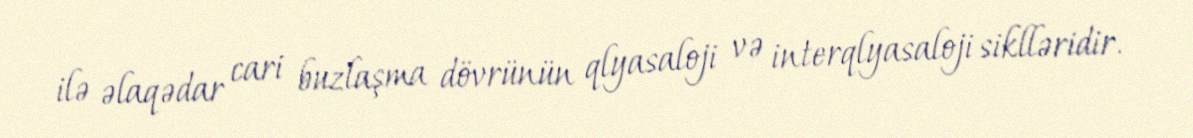
ilə əlaqədar cari buzlaşma dövrünün qlyasaloji və interqlyasaloji siklləridir.